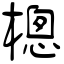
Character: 樬